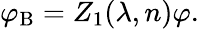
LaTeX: \varphi_{\mathrm{B}}=Z_{1}(\lambda,n)\varphi.